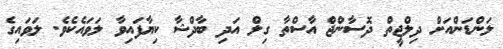
ލަންޑަންއަށް ދިލްޖީތް ދޮސާންޖް އާސްތާ ގިލް އަދި ބާދްޝާ ކިޔާފައިވާ ލަވައެކެވެ. ލަވައިގެ